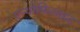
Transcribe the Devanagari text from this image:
एन्थोफिलाइट